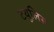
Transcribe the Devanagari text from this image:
टयूलिस